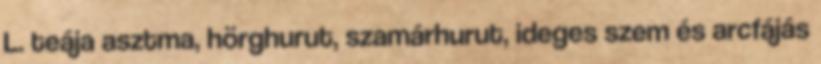
L. teája asztma, hörghurut, szamárhurut, ideges szem és arcfájás